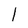
Character: 1